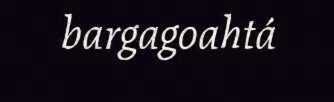
bargagoahtá